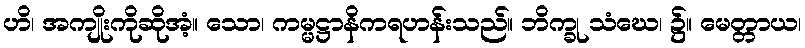
ဟိ၊ အကျိုးကိုဆိုအံ့။ သော၊ ကမ္မဋ္ဌာနိကရဟန်းသည်။ ဘိက္ခု သံဃေ၊ ၌။ မေတ္တာယ၊